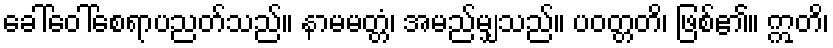
ခေါ်ဝေါ်စေရာပညတ်သည်။ နာမမတ္တံ၊ အမည်မျှသည်။ ပဝတ္တတိ၊ ဖြစ်၏။ ဣတိ၊